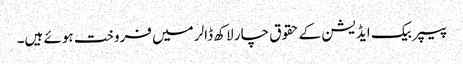
پیپر بیک ایڈیشن کے حقوق چار لاکھ ڈالر میں فروخت ہوئے ہیں۔